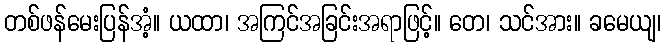
တစ်ဖန်မေးပြန်အံ့။ ယထာ၊ အကြင်အခြင်းအရာဖြင့်။ တေ၊ သင်အား။ ခမေယျ၊